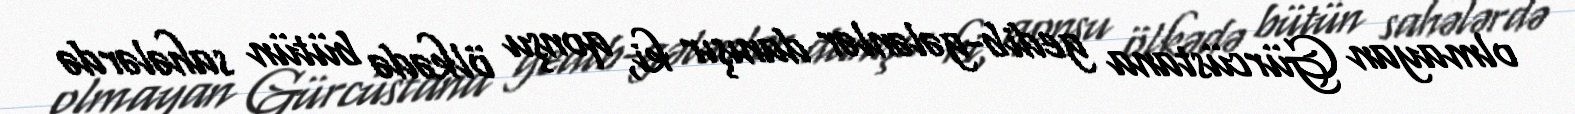
olmayan Gürcüstana gedib-gələnlər danışır ki, qonşu ölkədə bütün sahələrdə